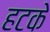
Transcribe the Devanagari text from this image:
हटके